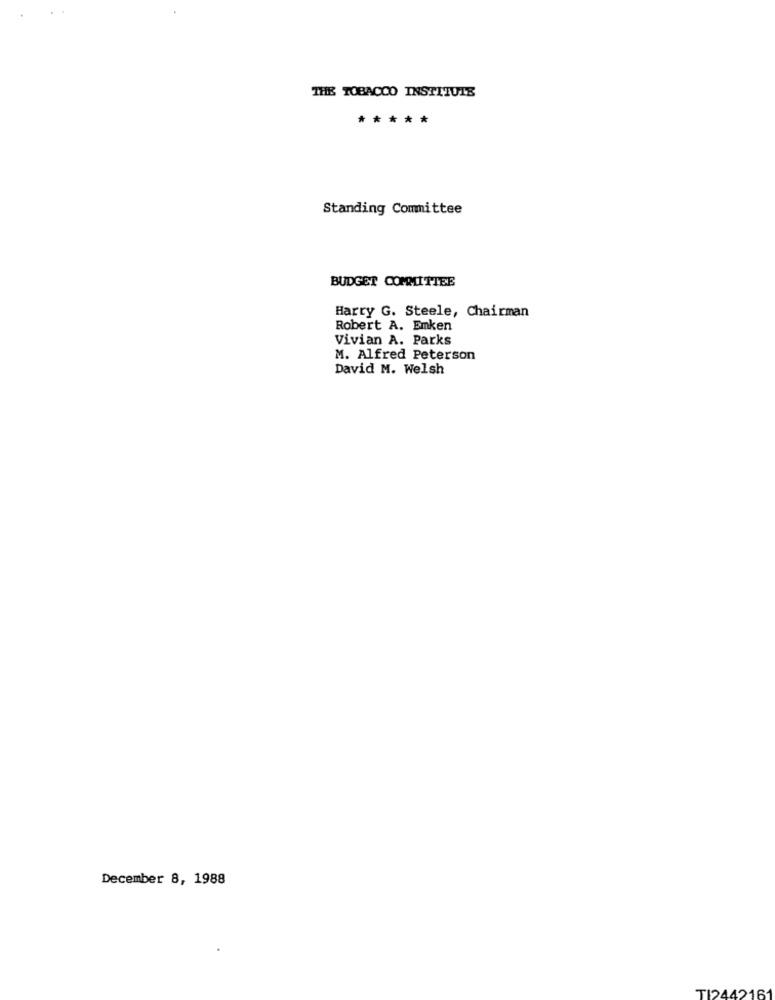
THE TOBACCO INSTITUTE
*****
Standing Committee
BUDGET COMMITTEE
Harry G. Steele, Chairman
Robert A. Emken
Vivian A. Parks
M. Alfred Peterson
David M. Welsh
December 8, 1988
TI2442161